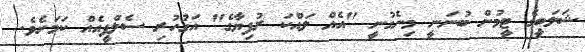
ޝަލަބީގެ ޓީމުން ބުނަނީ މިނެގުނީ "އެއް ލައްކަ ރުފިޔާގެ" އަގުހުރި ސެލްފީއެއް ކަމަށެވެ.